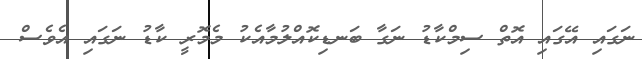
ނަގައި އޭގައި އޮތް ސިމްކާޑު ނަގާ ބަނޑިކޮއްލުމާއެކު މެމޮރީ ކާޑު ނަގައި އެވެސް